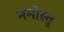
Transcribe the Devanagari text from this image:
नमोस्तु